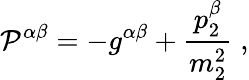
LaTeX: {\cal P}^{\alpha\beta}=-g^{\alpha\beta}+\frac{p_{2}^{\beta}}{m_{2}^{2}}\; ,